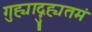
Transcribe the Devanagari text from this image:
गुह्याद्गुह्यतमं